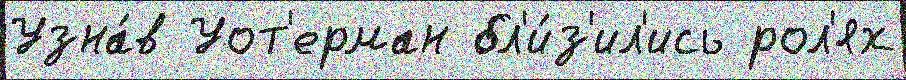
Узна́в Уот'ерман бл'и́з'ил'ись рол'ях